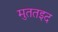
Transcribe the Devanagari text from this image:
मुततइद